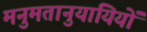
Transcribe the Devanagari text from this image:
मनुमतानुयायियों